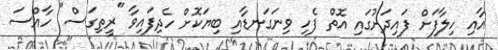
އާއި ހިލާފަށް ފައިދަށުގައި އޮތް ފެހި ވިނަގަނޑާއި ބިޔަކޮށް ހެދިފައިވާ "ރީތިގަސް" ހާއްސަ